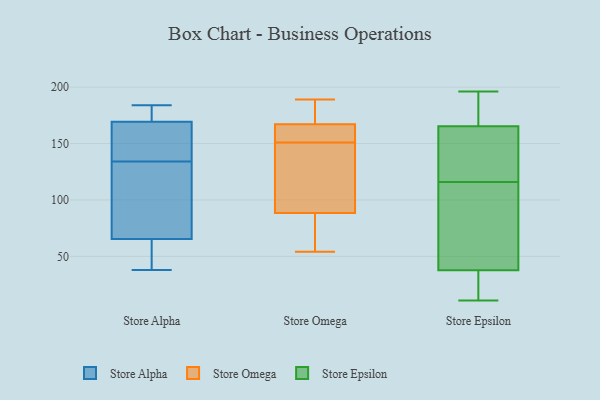
{"axis": {"x": "Market Share (%)", "y": "Value"}, "legend": ["Store Alpha", "Store Epsilon", "Store Omega"], "data": [{"x": "", "y": 70, "type": "Store Alpha"}, {"x": "", "y": 160, "type": "Store Alpha"}, {"x": "", "y": 48, "type": "Store Alpha"}, {"x": "", "y": 88, "type": "Store Alpha"}, {"x": "", "y": 168, "type": "Store Alpha"}, {"x": "", "y": 181, "type": "Store Alpha"}, {"x": "", "y": 151, "type": "Store Alpha"}, {"x": "", "y": 52, "type": "Store Alpha"}, {"x": "", "y": 134, "type": "Store Alpha"}, {"x": "", "y": 101, "type": "Store Alpha"}, {"x": "", "y": 38, "type": "Store Alpha"}, {"x": "", "y": 173, "type": "Store Alpha"}, {"x": "", "y": 184, "type": "Store Alpha"}, {"x": "", "y": 144, "type": "Store Omega"}, {"x": "", "y": 180, "type": "Store Omega"}, {"x": "", "y": 151, "type": "Store Omega"}, {"x": "", "y": 179, "type": "Store Omega"}, {"x": "", "y": 157, "type": "Store Omega"}, {"x": "", "y": 189, "type": "Store Omega"}, {"x": "", "y": 161, "type": "Store Omega"}, {"x": "", "y": 119, "type": "Store Omega"}, {"x": "", "y": 61, "type": "Store Omega"}, {"x": "", "y": 163, "type": "Store Omega"}, {"x": "", "y": 78, "type": "Store Omega"}, {"x": "", "y": 54, "type": "Store Omega"}, {"x": "", "y": 92, "type": "Store Omega"}, {"x": "", "y": 40, "type": "Store Epsilon"}, {"x": "", "y": 194, "type": "Store Epsilon"}, {"x": "", "y": 116, "type": "Store Epsilon"}, {"x": "", "y": 67, "type": "Store Epsilon"}, {"x": "", "y": 169, "type": "Store Epsilon"}, {"x": "", "y": 23, "type": "Store Epsilon"}, {"x": "", "y": 97, "type": "Store Epsilon"}, {"x": "", "y": 26, "type": "Store Epsilon"}, {"x": "", "y": 164, "type": "Store Epsilon"}, {"x": "", "y": 150, "type": "Store Epsilon"}, {"x": "", "y": 141, "type": "Store Epsilon"}, {"x": "", "y": 49, "type": "Store Epsilon"}, {"x": "", "y": 196, "type": "Store Epsilon"}, {"x": "", "y": 137, "type": "Store Epsilon"}, {"x": "", "y": 192, "type": "Store Epsilon"}, {"x": "", "y": 31, "type": "Store Epsilon"}, {"x": "", "y": 11, "type": "Store Epsilon"}]}